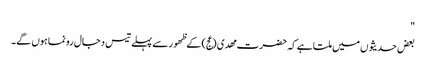
"
بعض حدیثوں میں ملتا ہے کہ حضرت مھدی (عج) کے ظھور سے پہلے تیس دجال رونما ہوں گے۔